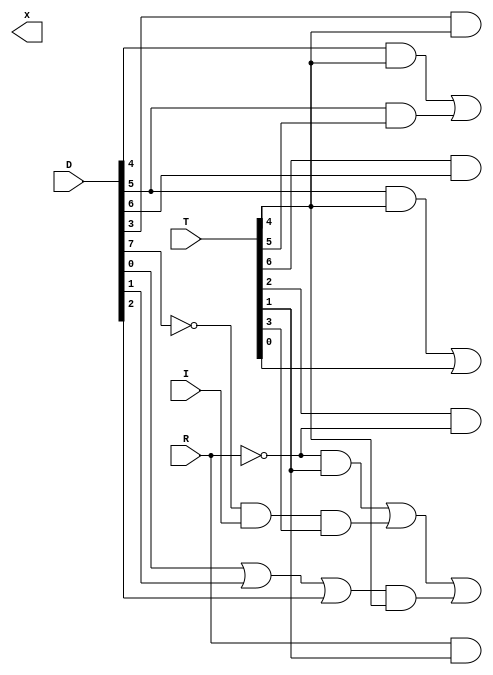
module BUS_Control(x, D, T, R, I);

	input R, I;
	input [7:0] T, D;
	output [7:0] x;
	
	wire o3;
	wire D7n, Rn;
	wire a1, a2, a3, a8, a9, a10;
	
	assign D7n = ~D[7];	
	assign Rn = ~R;	
	
	assign a1 = D[4] & T[4];
	assign a2 = D[5] & T[5];
	assign a3 = D[5] & T[4];
	assign x[1] = a1 | a2;
	assign x[2] = a3 | T[0];
	assign x[3] = T[6] & D[6];
	assign x[4] = D[3] & T[4];
	assign x[5] = T[2] & Rn;
	assign x[6] = R & T[1];
	assign a8 = Rn & T[1];
	assign a9 = D7n & I & T[3];
	assign o3 = D[0] | D[1] | D[2];
	assign a10 = o3 & T[4];
	assign x[7] = a8 | a9 | a10;	
	
endmodule